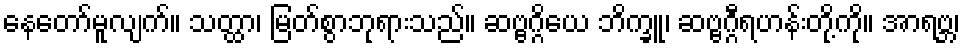
နေတော်မူလျက်။ သတ္ထာ၊ မြတ်စွာဘုရားသည်။ ဆဗ္ဗဂ္ဂိယေ ဘိက္ခူ၊ ဆဗ္ဗဂ္ဂီရဟန်းတို့ကို။ အာရဗ္ဘ၊